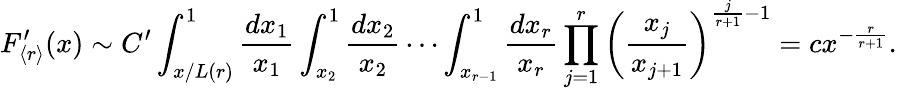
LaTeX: F_{\langle r\rangle}^{\prime}(x)\sim C^{\prime}\int_{x/L(r)}^{1}\frac{dx_{1}}{x_{1}}\int_{x_{2}}^{1}\frac{dx_{2}}{x_{2}}\cdots\int_{x_{r-1}}^{1}\frac{dx_{r}}{x_{r}}\prod_{j=1}^{r}\left(\frac{x_{j}}{x_{j+1}}\right)^{\frac{j}{r+1}-1}=cx^{-\frac{r}{r+1}}.